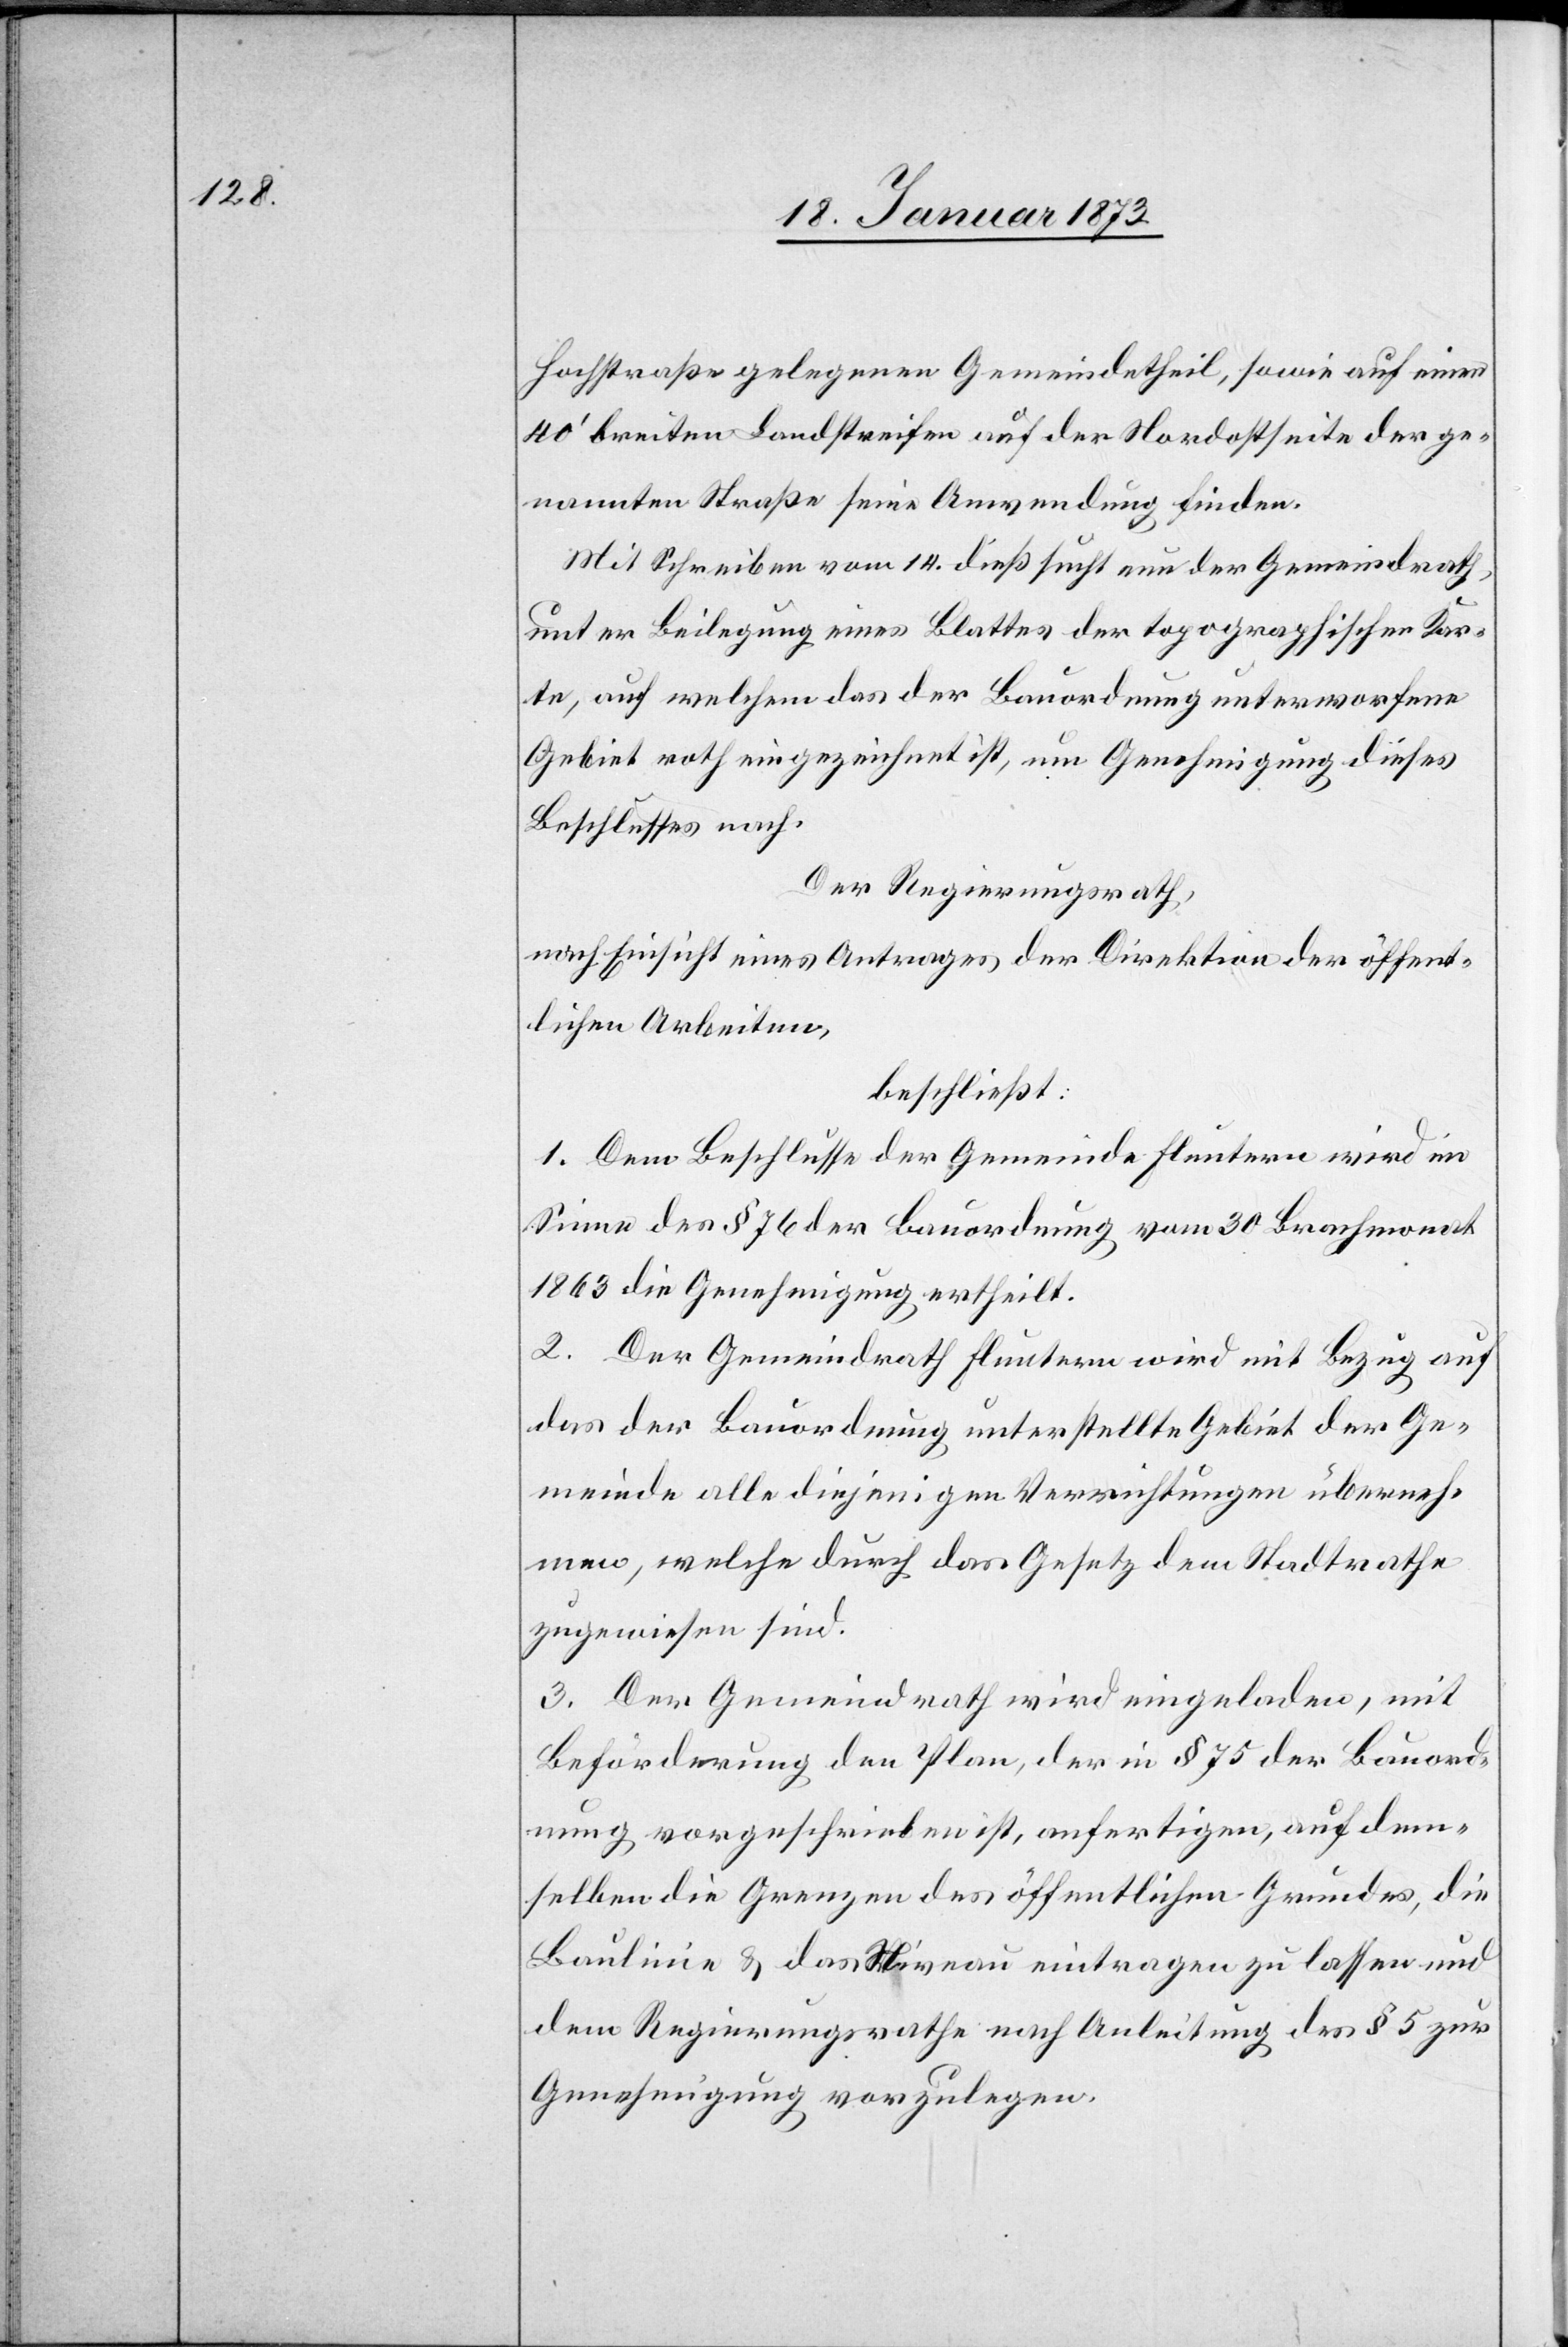
Hochstraße gelegenen Gemeindetheil, sowie auf einen
40’ breiten Landstreifen auf der Nordostseite der ge¬
nannten Straße seine Anwendung finden.
Mit Schreiben vom 14. dieß sucht neu der Gemeindrath,
unter Beilegung eines Blattes der topographischen Kar¬
te, auf welchem das der Bauordnung unterworfene
Gebiet roth eingezeichnet ist, um Genehmigung dieses
Beschlusses nach.
Der Regierungsrath,
nach Einsicht eines Antrages der Direktion der öffent¬
lichen Arbeiten,
beschließt:
1. Dem Beschlusse der Gemeinde Fluntern wird im
Sinne des § 76 der Bauordnung vom 30. Brachmonat
1863 die Genehmigung ertheilt.
2. Der Gemeindrath Fluntern wird mit Bezug auf
das der Bauordnung unterstellte Gebiet der Ge¬
meinde alle diejenigen Vorrichtungen überneh¬
men, welche durch das Gesetz dem Stadtrathe
zugewiesen sind.
3. Der Gemeindrath wird eingeladen, mit
Beförderung den Plan, der in § 75 der Bauord¬
nung vorgeschrieben ist, anfertigen, auf dem¬
selben die Grenzen des öffentlichen Grundes, die
Baulinie u. das Niveau eintragen zu lassen und
dem Regierungsrathe nach Anleitung des § 5 zur
Genehmigung vorzulegen.